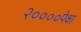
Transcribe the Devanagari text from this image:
२००००पेक्षा